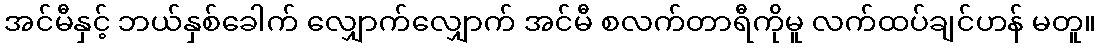
အင်မီနှင့် ဘယ်နှစ်ခေါက် လျှောက်လျှောက် အင်မီ စလက်တာရီကိုမူ လက်ထပ်ချင်ဟန် မတူ။